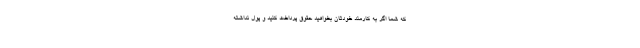
که شما اگر به کارمند خودتان بخواهید حقوق پرداخت کنید و پول نداشته